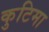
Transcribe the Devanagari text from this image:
कुटिमा